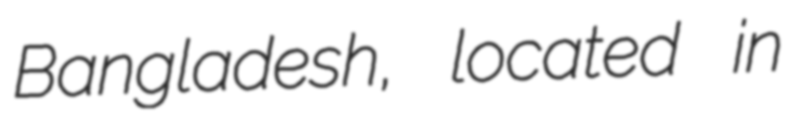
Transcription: Bangladesh, located in